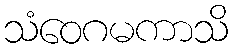
သံဝေဂမကာသိ